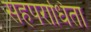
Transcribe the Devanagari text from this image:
सहपराधिता